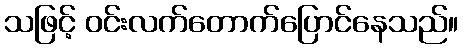
သဖြင့် ဝင်းလက်တောက်ပြောင်နေသည်။